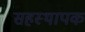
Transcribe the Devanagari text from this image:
सहस्थापक